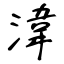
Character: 湋